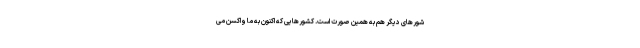
شورهای دیگر هم به همین صورت است. کشورهایی که اکنون به ما واکسن می